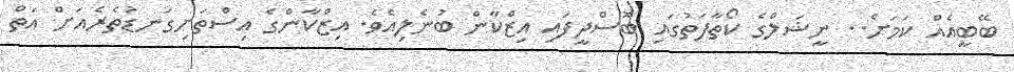
ބޭބީއެއް ކަމަށް.. ނީޝަލްގެ ކޯތާފަތުގައި ބޮސްދީފައި އިޒްކާން ބުނެލިއެވެ. އިޒްކާންގެ އިސްތަށިގަނޑުތެރެއަށް އަތް